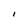
Character: I